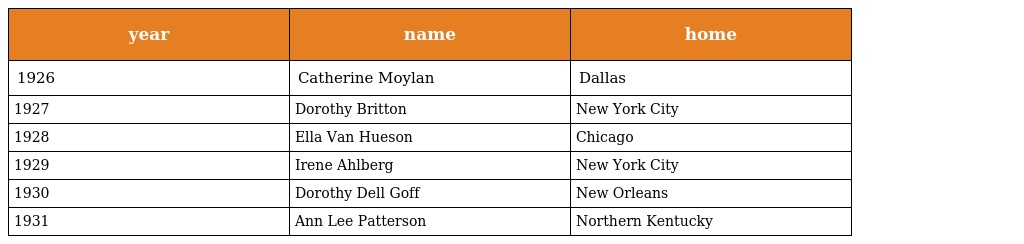
| year | name | home |
 | --- | --- | --- |
 | 1926 | Catherine Moylan | Dallas |
 | 1927 | Dorothy Britton | New York City |
 | 1928 | Ella Van Hueson | Chicago |
 | 1929 | Irene Ahlberg | New York City |
 | 1930 | Dorothy Dell Goff | New Orleans |
 | 1931 | Ann Lee Patterson | Northern Kentucky |